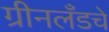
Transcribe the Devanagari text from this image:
ग्रीनलँडचे